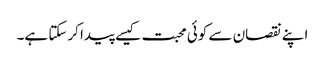
اپنے نقصان سے کوئی محبت کیسے پیدا کرسکتا ہے۔